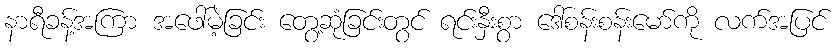
နာရီခန့်အကြာ အဖေါ်မဲ့ခြင်း တွေ့ဆုံခြင်းတွင် ရင်းနှီးစွာ ဒေါ်စန်းစန်းမော်ကို လက်အပြင်